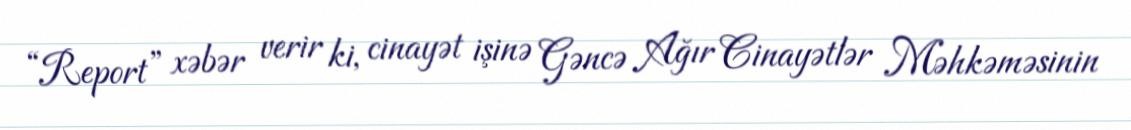
“Report” xəbər verir ki, cinayət işinə Gəncə Ağır Cinayətlər Məhkəməsinin